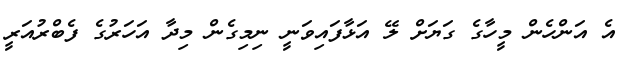
އެ އަންހެން މީހާގެ ގަޔަށް ލޭ އަޅާފައިވަނީ ނިމިގެން މިދާ އަހަރުގެ ފެބްރުއަރީ